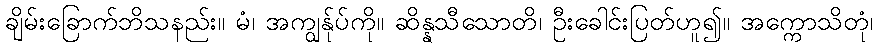
ချိမ်းခြောက်ဘိသနည်း။ မံ၊ အကျွန်ုပ်ကို။ ဆိန္နသီသောတိ၊ ဦးခေါင်းပြတ်ဟူ၍။ အက္ကောသိတုံ၊